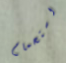
استحمام